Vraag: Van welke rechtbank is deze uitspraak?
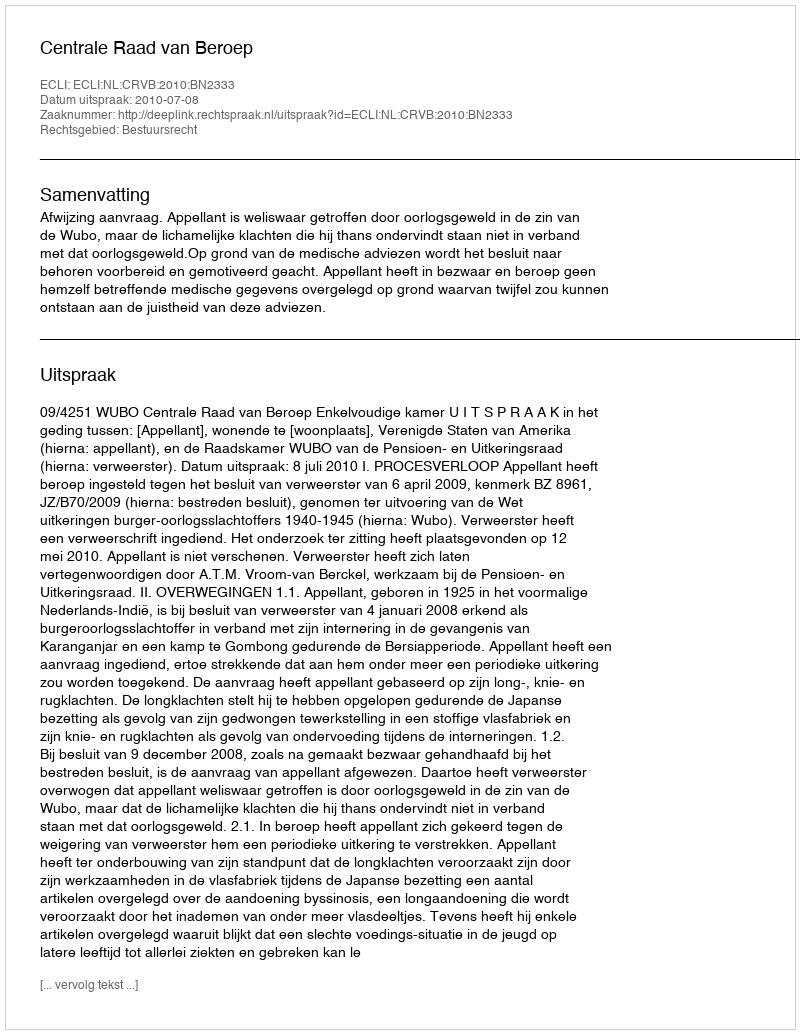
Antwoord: Centrale Raad van Beroep